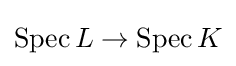
\operatorname {Spec} L\to \operatorname {Spec} K